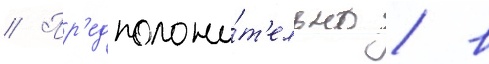
// Пр'едположи́т'ельно / в